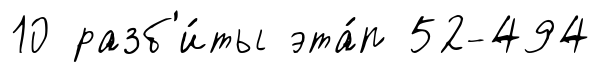
10 разб'и́ты эта́п 52-494